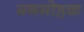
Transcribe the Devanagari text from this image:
मनमोहक